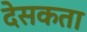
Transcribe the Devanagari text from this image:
देसकता